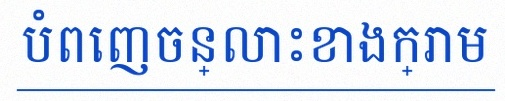
បំពេញចន្លោះខាងក្រោម